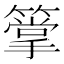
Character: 𥳶